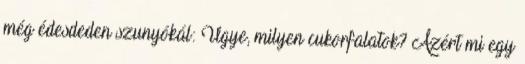
még édesdeden szunyókál: Ugye, milyen cukorfalatok? Azért mi egy